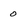
Character: 0